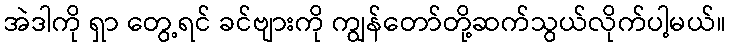
အဲဒါကို ရှာ တွေ့ရင် ခင်ဗျားကို ကျွန်တော်တို့ဆက်သွယ်လိုက်ပါ့မယ်။